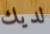
لديك